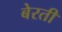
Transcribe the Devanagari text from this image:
बेरती